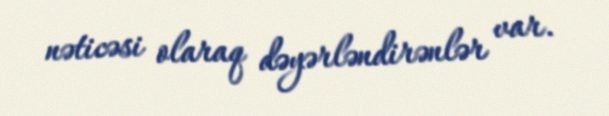
nəticəsi olaraq dəyərləndirənlər var.